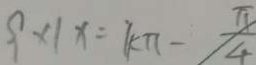
9 \times 1 x = k \pi - \frac { \pi } { 4 }